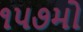
૧૫૭મો